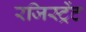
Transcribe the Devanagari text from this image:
रजिस्ट्रेंट